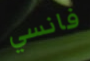
فانسي